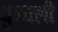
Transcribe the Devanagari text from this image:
धुन्धली